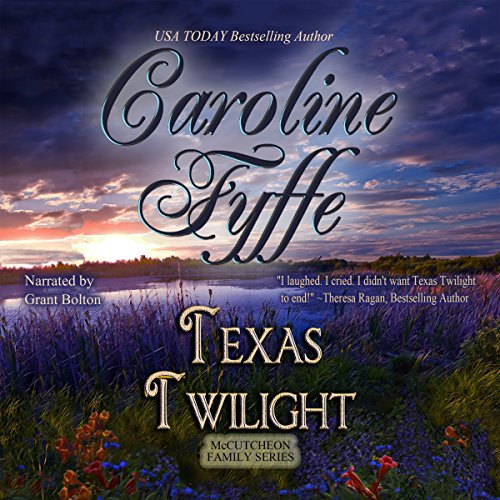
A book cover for Texas Twilight: McCutcheon Family Series, Book 2; Caroline Fyffe; Romance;